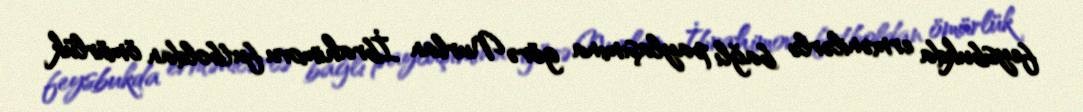
feysbukda ermənilərlə bağlı paylaşımına görə Nurlan İbrahimovu futboldan ömürlük